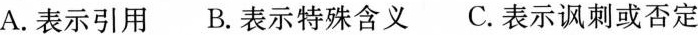
A.表示引用 B.表示特殊含义 C.表示讽刺或否定